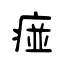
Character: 痖